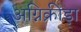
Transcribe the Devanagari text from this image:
अग्निक्रीड़ा